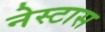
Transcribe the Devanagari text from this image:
नेस्टास